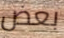
بعض